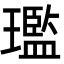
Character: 璼